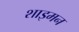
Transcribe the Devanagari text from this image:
शाइमन